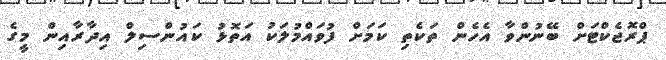
ޕްރޮޖެކްޓަށް ބޭނުންވާ އެހެން ތަކެތި ކަމަށް ފުވައްމުލަކު އަތޮޅު ކައުންސިލް އިދާރާއިން މީގެ